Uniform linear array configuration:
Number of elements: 48
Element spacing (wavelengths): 0.5
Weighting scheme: hann
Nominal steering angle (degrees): -60
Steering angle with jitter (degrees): -60.423
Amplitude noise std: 0.05
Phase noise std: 0.05

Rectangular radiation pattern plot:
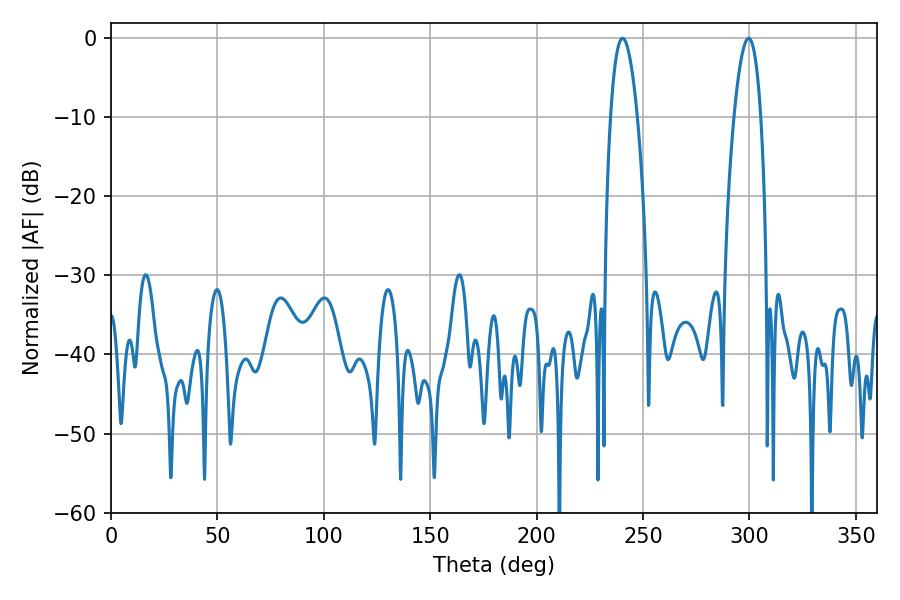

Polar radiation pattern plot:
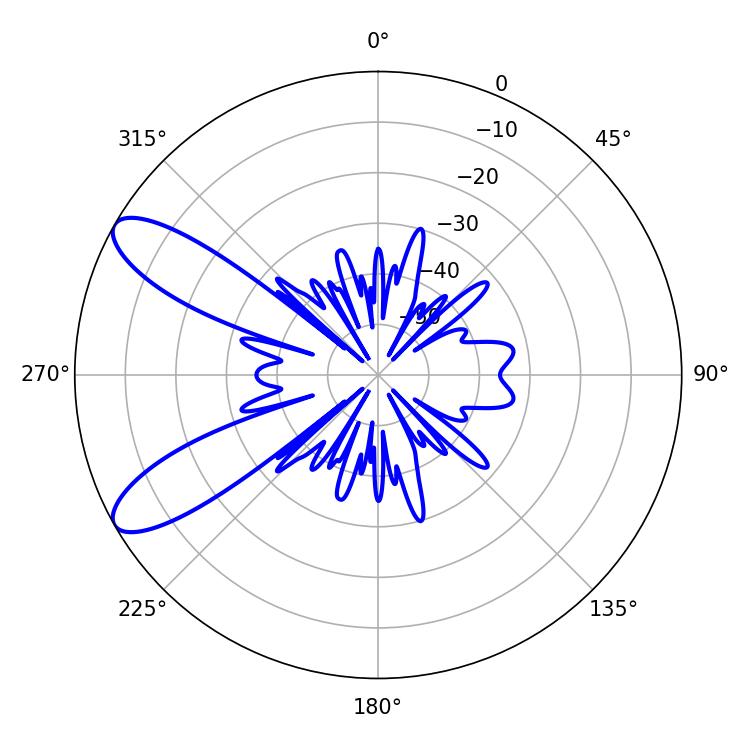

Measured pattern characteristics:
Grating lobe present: FALSE
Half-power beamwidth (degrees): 7.02
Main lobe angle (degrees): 240.3